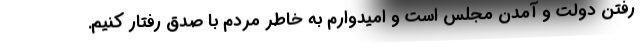
رفتن دولت و آمدن مجلس است و امیدوارم به خاطر مردم با صدق رفتار کنیم.